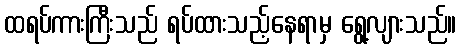
ထရပ်ကားကြီးသည် ရပ်ထားသည့်နေရာမှ ရွေ့လျားသည်။